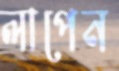
লাপেন